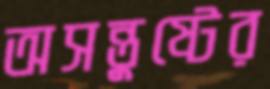
অসন্তুষ্টের